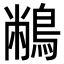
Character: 䳤